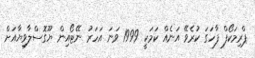
ޕްރިމަކޯފް ފާހަގަ ކުރެވޭ އަނެއް ކަމަކީ 1999 ވަނަ އަހަރު ނޭޓޯއިން ޔޫގޮސްލާވިޔާއަށް